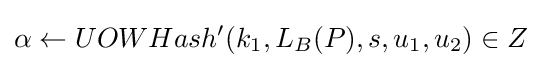
\alpha \leftarrow UOWHash^{\prime }(k_{1},L_{B}(P),s,u_{1},u_{2})\in Z